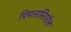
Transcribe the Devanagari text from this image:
पिपलास्टिरॉल